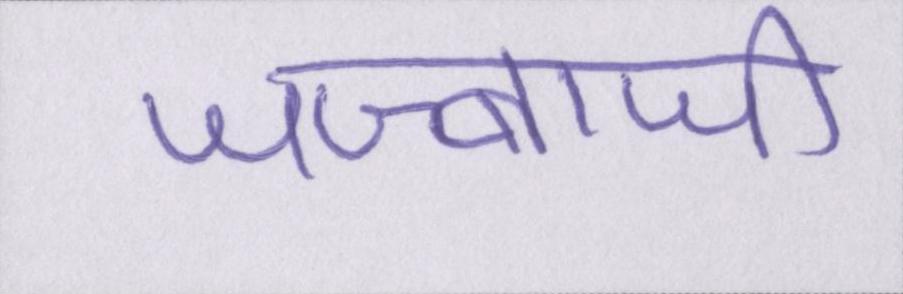
जज्बाजी